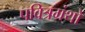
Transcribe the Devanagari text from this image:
पवित्रग्रंथों